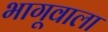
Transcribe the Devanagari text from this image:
भागूवाला